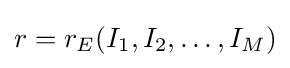
{\textstyle r=r_{E}(I_{1},I_{2},\ldots ,I_{M})}